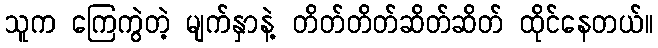
သူက ကြေကွဲတဲ့ မျက်နှာနဲ့ တိတ်တိတ်ဆိတ်ဆိတ် ထိုင်နေတယ်။